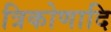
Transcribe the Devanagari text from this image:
त्रिकोणादि